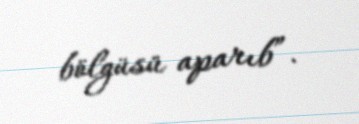
bölgüsü aparıb”.